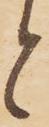
と